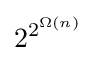
2^{2^{\Omega (n)}}